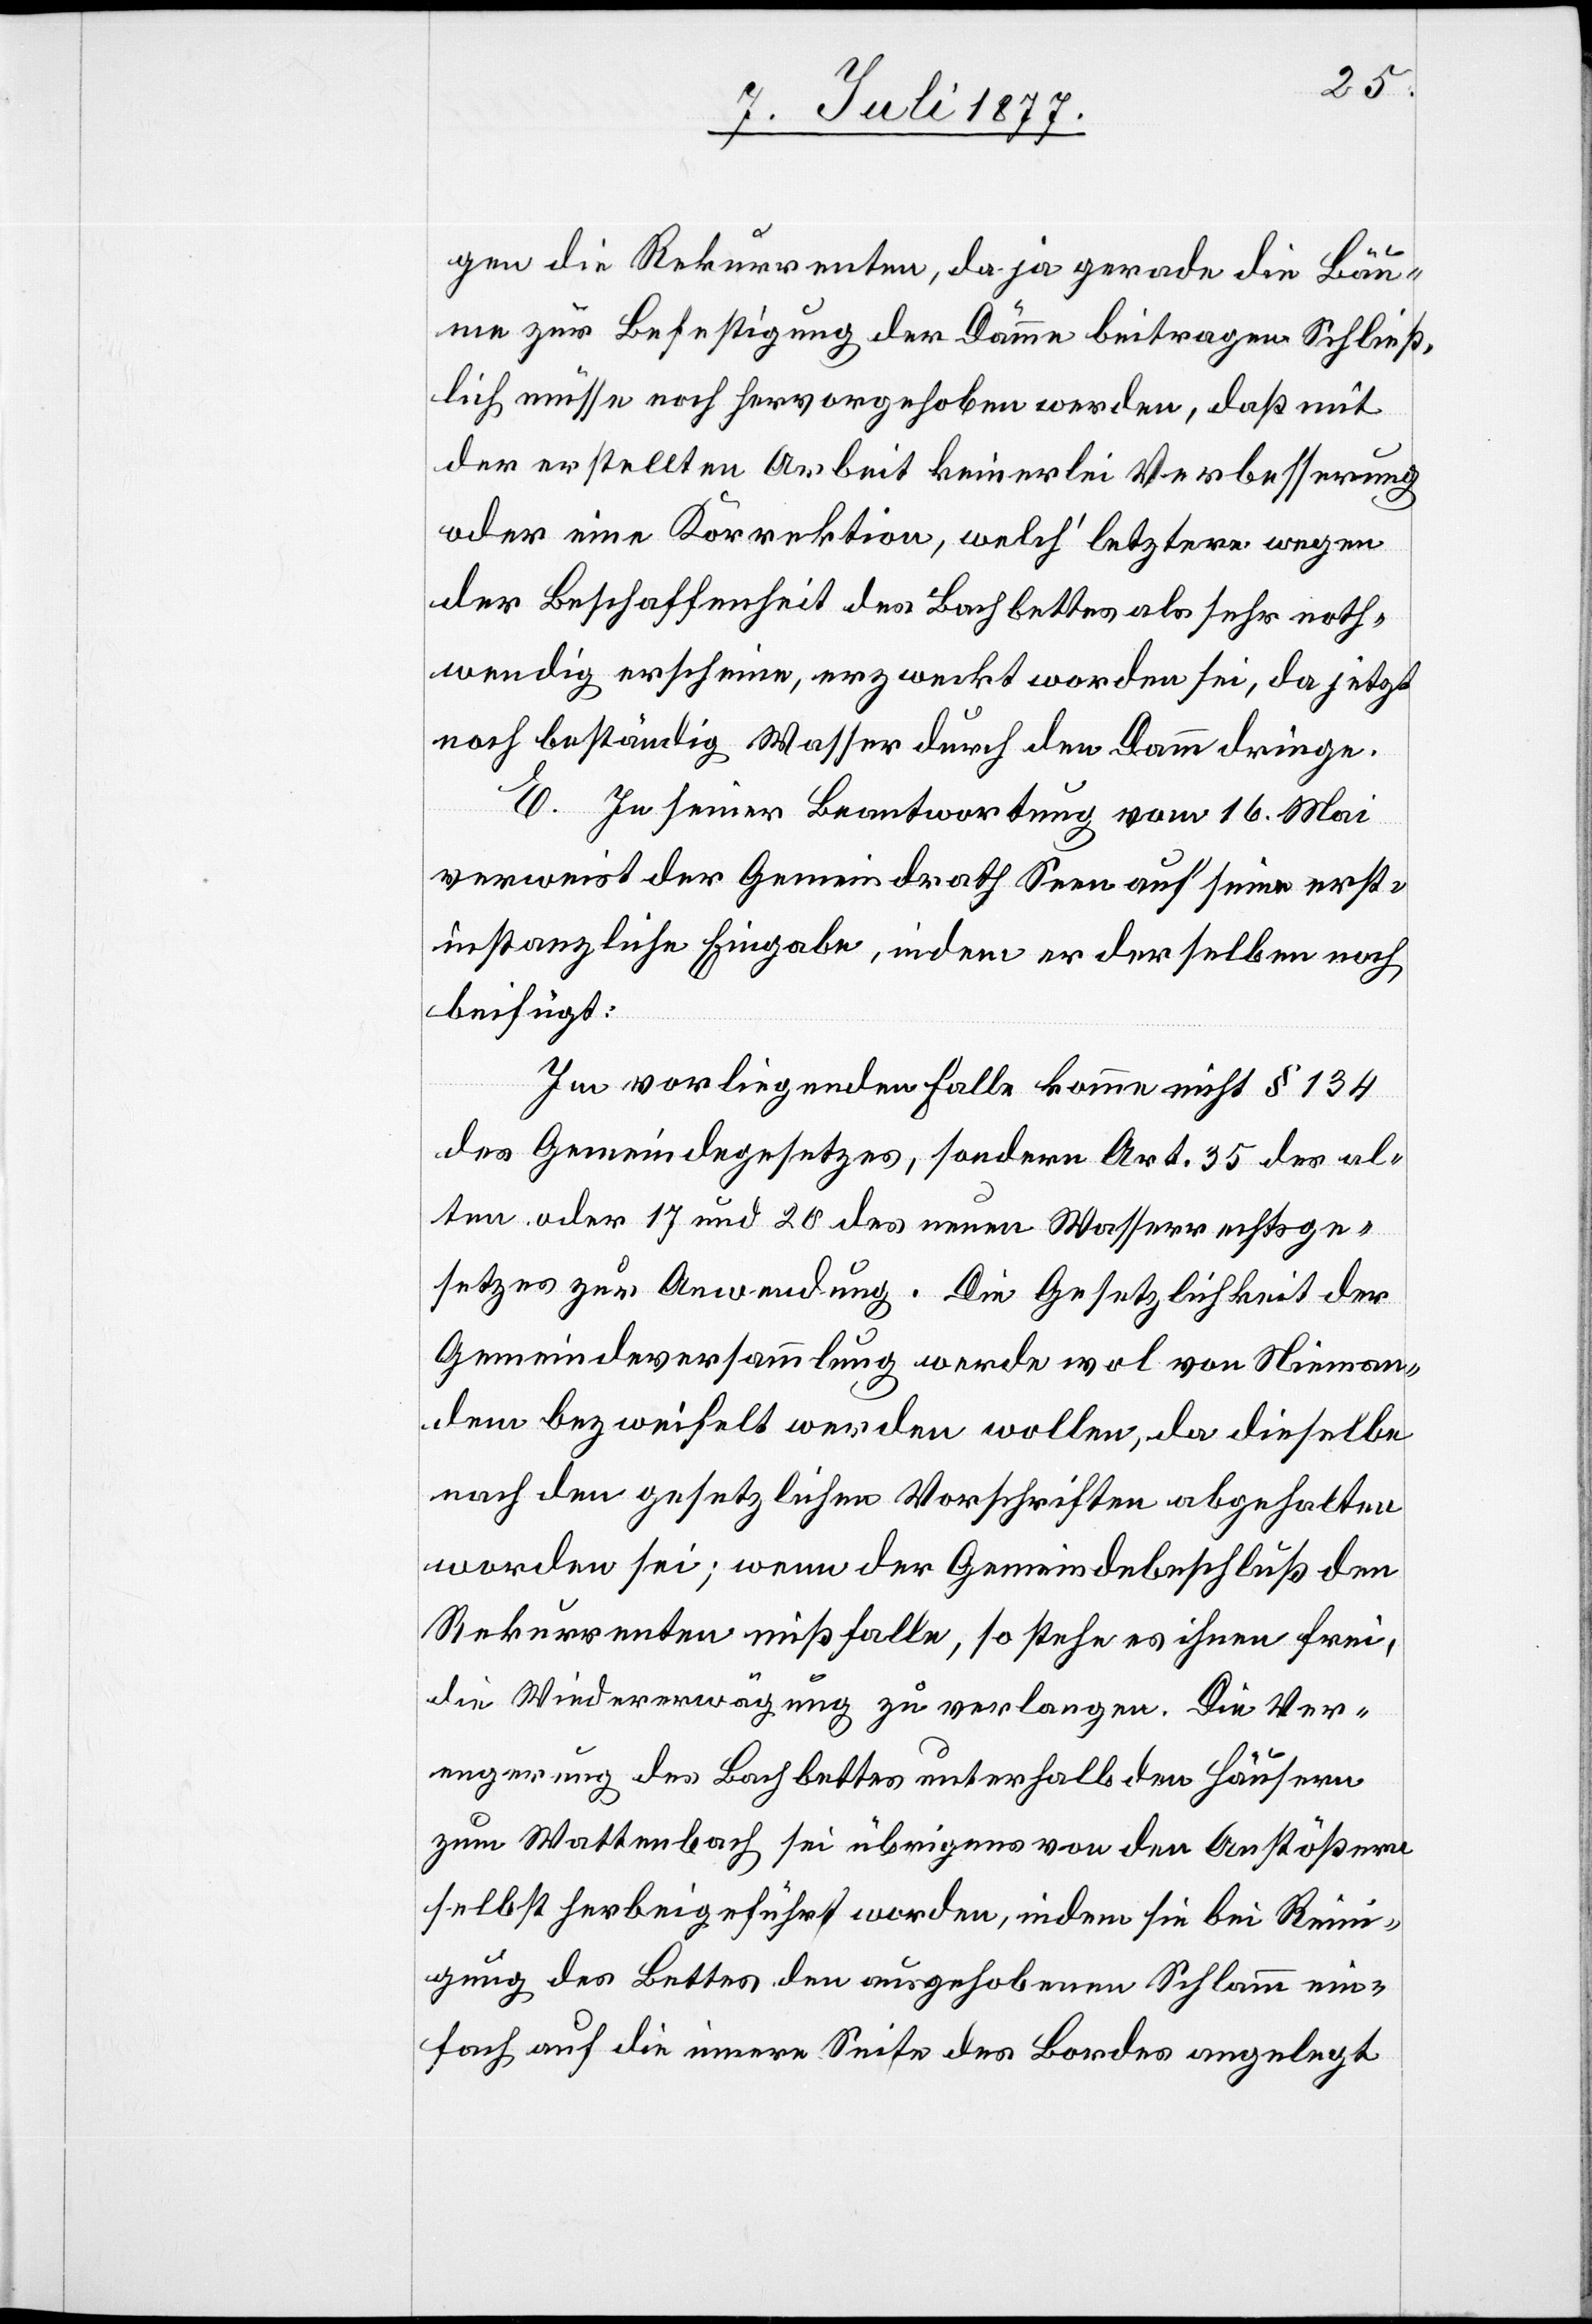
gen die Rekurrenten, da ja gerade die Bäu¬
me zur Befestigung der Dämme beitragen. Schließ¬
lich müsse noch hervorgehoben werden, daß mit
der erstellten Arbeit keinerlei Verbesserung
oder eine Korrektion, welch‘ letztere wegen
der Beschaffenheit des Bachbettes als sehr noth¬
wendig erscheine, erzweckt worden sei, da jetzt
noch beständig Wasser durch den Damm dringe.
E. In seiner Beantwortung vom 16. Mai
verweist der Gemeindrath Seen auf seine erst¬
instanzliche Eingabe, indem er derselben noch
beifügt:
Im vorliegenden Falle komme nicht § 134
des Gemeindegesetzes, sondern Art. 35 des al¬
ten oder 17 und 20 des neuen Wasserrechtsge¬
setzes zur Anwendung. Die Gesetzlichkeit der
Gemeindeversammlung werde wol von Nieman¬
dem bezweifelt werden wollen, da dieselbe
nach den gesetzlichen Vorschriften abgehalten
worden sei; wenn der Gemeindebeschluß den
Rekurrenten mißfalle, so stehe es ihnen frei,
die Wiedererwägung zu verlangen. Die Ver¬
engerung des Bachbettes unterhalb den Häusern
zum Wattenbach sei übrigens von den Anstößern
selbst herbeigeführt worden, indem sie bei Rein¬
igung des Bettes den ausgehobenen Schlamm ein¬
fach auf die innere Seite des Bordes angelegt